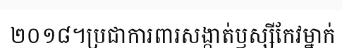
២០១៨។ប្រជាការពារសង្កាត់ឫស្សីកែវម្នាក់